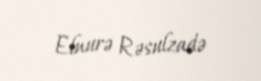
Elnurə Rəsulzadə